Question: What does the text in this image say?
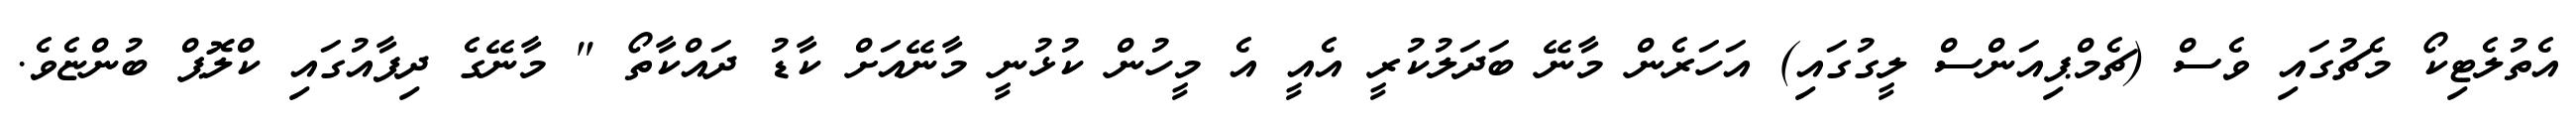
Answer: އެތުލެޓިކޯ މެޗުގައި ވެސް (ޗެމްޕިއަންސް ލީގުގައި) އަހަރެން މާނޭ ބަދަލުކުރީ އެއީ އެ މީހުން ކުޅުނީ މާނޭއަށް ކާޑު ދައްކާތޯ " މާނޭގެ ދިފާއުގައި ކްލޮޕް ބުންޏެވެ.